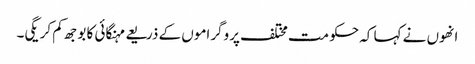
انھوں نے کہا کہ حکومت مختلف پروگراموں کے ذریعے مہنگائی کا بوجھ کم کریگی۔